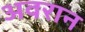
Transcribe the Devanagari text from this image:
अवरान